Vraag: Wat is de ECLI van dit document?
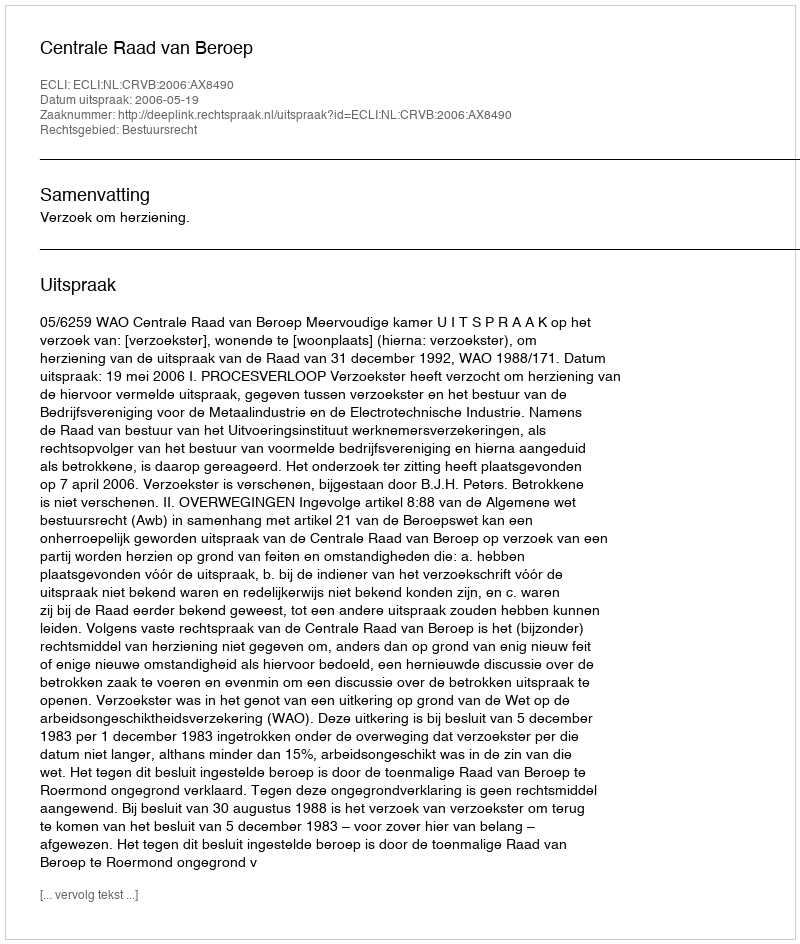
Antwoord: ECLI:NL:CRVB:2006:AX8490